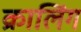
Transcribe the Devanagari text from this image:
क्रालिंग